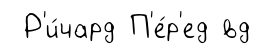
Р'и́чард П'е́р'ед вд